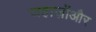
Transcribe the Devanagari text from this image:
जहाज़ोंऔर